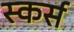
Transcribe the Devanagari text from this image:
स्कर्स